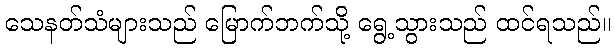
သေနတ်သံများသည် မြောက်ဘက်သို့ ရွေ့သွားသည် ထင်ရသည်။